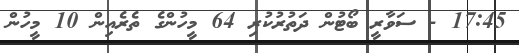
17:45 - ސަވާރީ ބޯޓުން ދަތުރުކުރި 64 މީހުންގެ ތެރެއިން 10 މީހުން